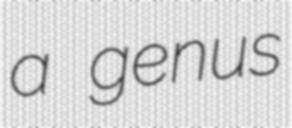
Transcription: a genus